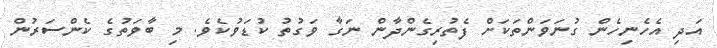
އަދި އެހެނިހެން ގުނަވަންތަކަށް ފެތުރިގެންދާން ނަގާ ވަގުތު ކުޑަވުކެވެ. މި ބާވަތުގެ ކެންސަރުން